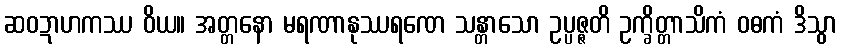
ဆဝဍာဟကဿ ဝိယ။ အတ္တနော မရဏာနုဿရဏေ သန္တာသော ဥပ္ပဇ္ဇတိ ဥက္ခိတ္တာသိကံ ဝဓကံ ဒိသွာ